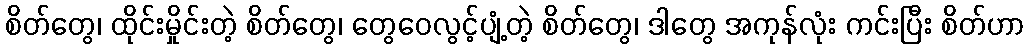
စိတ်တွေ၊ ထိုင်းမှိုင်းတဲ့ စိတ်တွေ၊ တွေဝေလွင့်ပျံ့တဲ့ စိတ်တွေ၊ ဒါတွေ အကုန်လုံး ကင်းပြီး စိတ်ဟာ